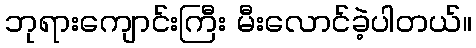
ဘုရားကျောင်းကြီး မီးလောင်ခဲ့ပါတယ်။